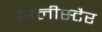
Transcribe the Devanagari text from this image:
अलीस्टैर